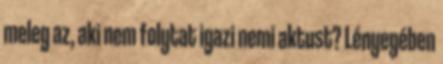
meleg az, aki nem folytat igazi nemi aktust? Lényegében